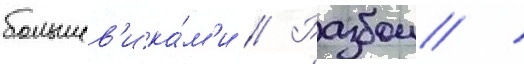
большев'ика́м'и // Разбои /